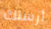
أرسلك